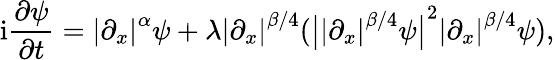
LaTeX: \textnormal{i}\frac{\partial\psi}{\partial t}={\lvert{\partial_{x}}\rvert}^{\alpha}\psi+\lambda{\lvert{\partial_{x}}\rvert}^{\beta/4}({\big\lvert{\lvert{\partial_{x}}\rvert}^{\beta/4}\psi\big\rvert}^{2}{\lvert{\partial_{x}}\rvert}^{\beta/4}\psi),